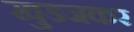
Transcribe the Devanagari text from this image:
खुडजकर